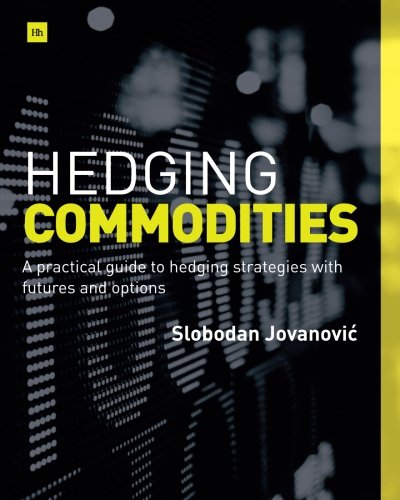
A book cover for Hedging Commodities: A practical guide to hedging strategies with futures and options; Slobodan Jovanovic; Business & Money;